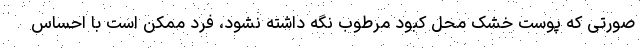
صورتی که پوست خشک محل کبود مرطوب نگه داشته نشود، فرد ممکن است با احساس